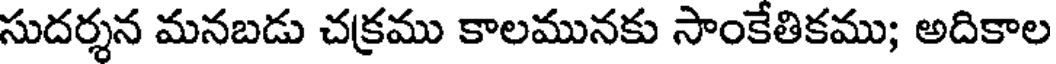
సుదర్శన మనబడు చక్రము కాలమునకు సాంకేతికము; అదికాల